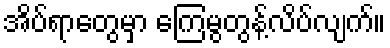
အိပ်ရာတွေမှာ ကြေမွတွန့်လိပ်လျက်။